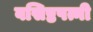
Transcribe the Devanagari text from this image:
वसिष्ठपत्नी